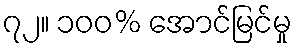
၇၂။ ၁၀၀% အောင်မြင်မှု